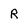
Character: R